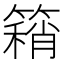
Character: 𥳓